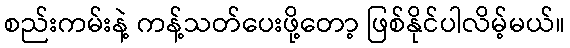
စည်းကမ်းနဲ့ ကန့်သတ်ပေးဖို့တော့ ဖြစ်နိုင်ပါလိမ့်မယ်။